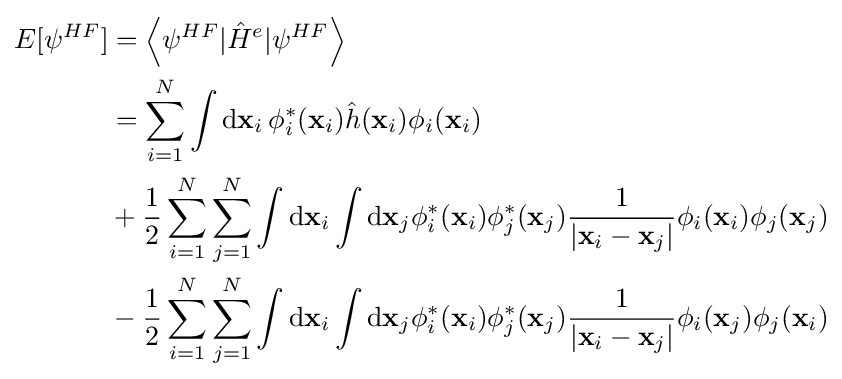
{\textstyle {\begin{aligned}E[\psi ^{HF}]&=\left\langle \psi ^{HF}|{\hat {H}}^{e}|\psi ^{HF}\right\rangle \\&=\sum _{i=1}^{N}\int {\text{d}}\mathbf {x} _{i}\,\phi _{i}^{*}(\mathbf {x} _{i}){\hat {h}}(\mathbf {x} _{i})\phi _{i}(\mathbf {x} _{i})\\&+{\frac {1}{2}}\sum _{i=1}^{N}\sum _{j=1}^{N}\int \mathrm {d} \mathbf {x} _{i}\int {\text{d}}\mathbf {x} _{j}\phi _{i}^{*}(\mathbf {x} _{i})\phi _{j}^{*}(\mathbf {x} _{j}){\frac {1}{|\mathbf {x} _{i}-\mathbf {x} _{j}|}}\phi _{i}(\mathbf {x} _{i})\phi _{j}(\mathbf {x} _{j})\\&-{\frac {1}{2}}\sum _{i=1}^{N}\sum _{j=1}^{N}\int {\text{d}}\mathbf {x} _{i}\int {\text{d}}\mathbf {x} _{j}\phi _{i}^{*}(\mathbf {x} _{i})\phi _{j}^{*}(\mathbf {x} _{j}){\frac {1}{|\mathbf {x} _{i}-\mathbf {x} _{j}|}}\phi _{i}(\mathbf {x} _{j})\phi _{j}(\mathbf {x} _{i})\end{aligned}}}